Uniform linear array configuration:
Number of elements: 4
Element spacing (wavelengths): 0.25
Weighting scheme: cosine
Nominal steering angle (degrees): -30
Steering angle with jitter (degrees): -29.139
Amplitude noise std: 0.05
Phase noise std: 0.05

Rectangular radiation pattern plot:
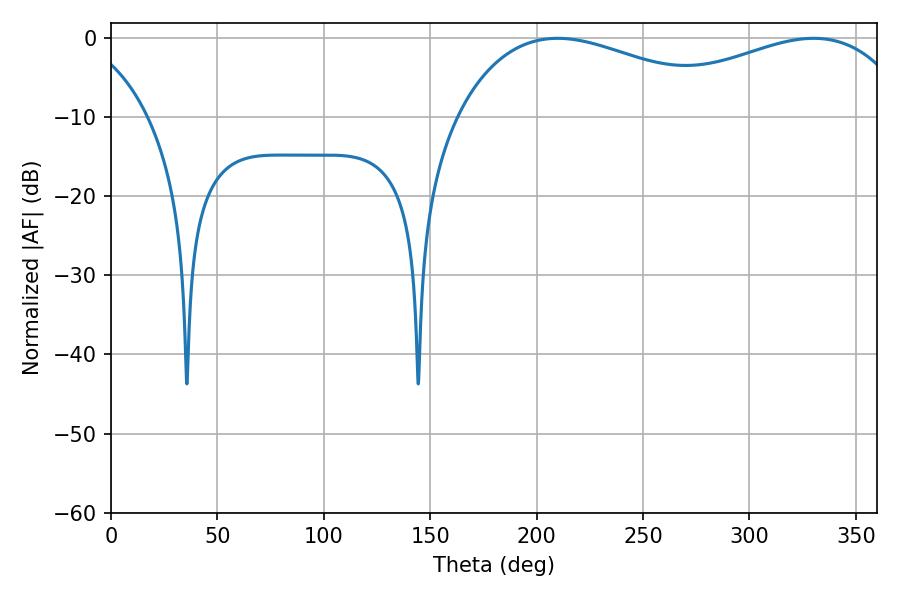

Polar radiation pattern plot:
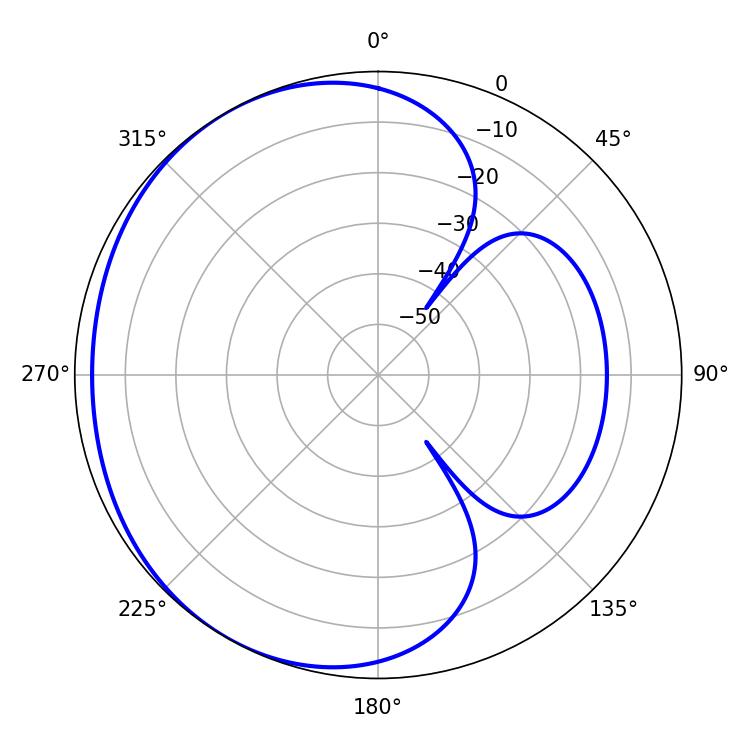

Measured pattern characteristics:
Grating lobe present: FALSE
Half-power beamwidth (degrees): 74.7
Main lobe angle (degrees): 209.88